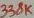
Text: 338K